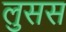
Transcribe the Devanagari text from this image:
लुसस